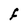
Character: F